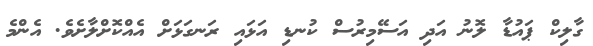
ގާލިކް ޕައުޑާ ލޮނު އަދި އަސޭމިރުސް ކުނޑި އަޅައި ރަނގަޅަށް އެއްކޮށްލާށެވެ. އެންމެ